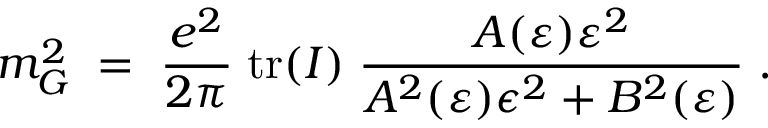
m _ { G } ^ { 2 } \; = \; \frac { e ^ { 2 } } { 2 \pi } \; \mathrm { t r } ( I ) \; \frac { A ( \varepsilon ) \varepsilon ^ { 2 } } { A ^ { 2 } ( \varepsilon ) \epsilon ^ { 2 } + B ^ { 2 } ( \varepsilon ) } \; .